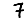
Digit: 7